65_HS1-834228961_62-HQ-83894_Section_10
Agency: FBI
Page 169
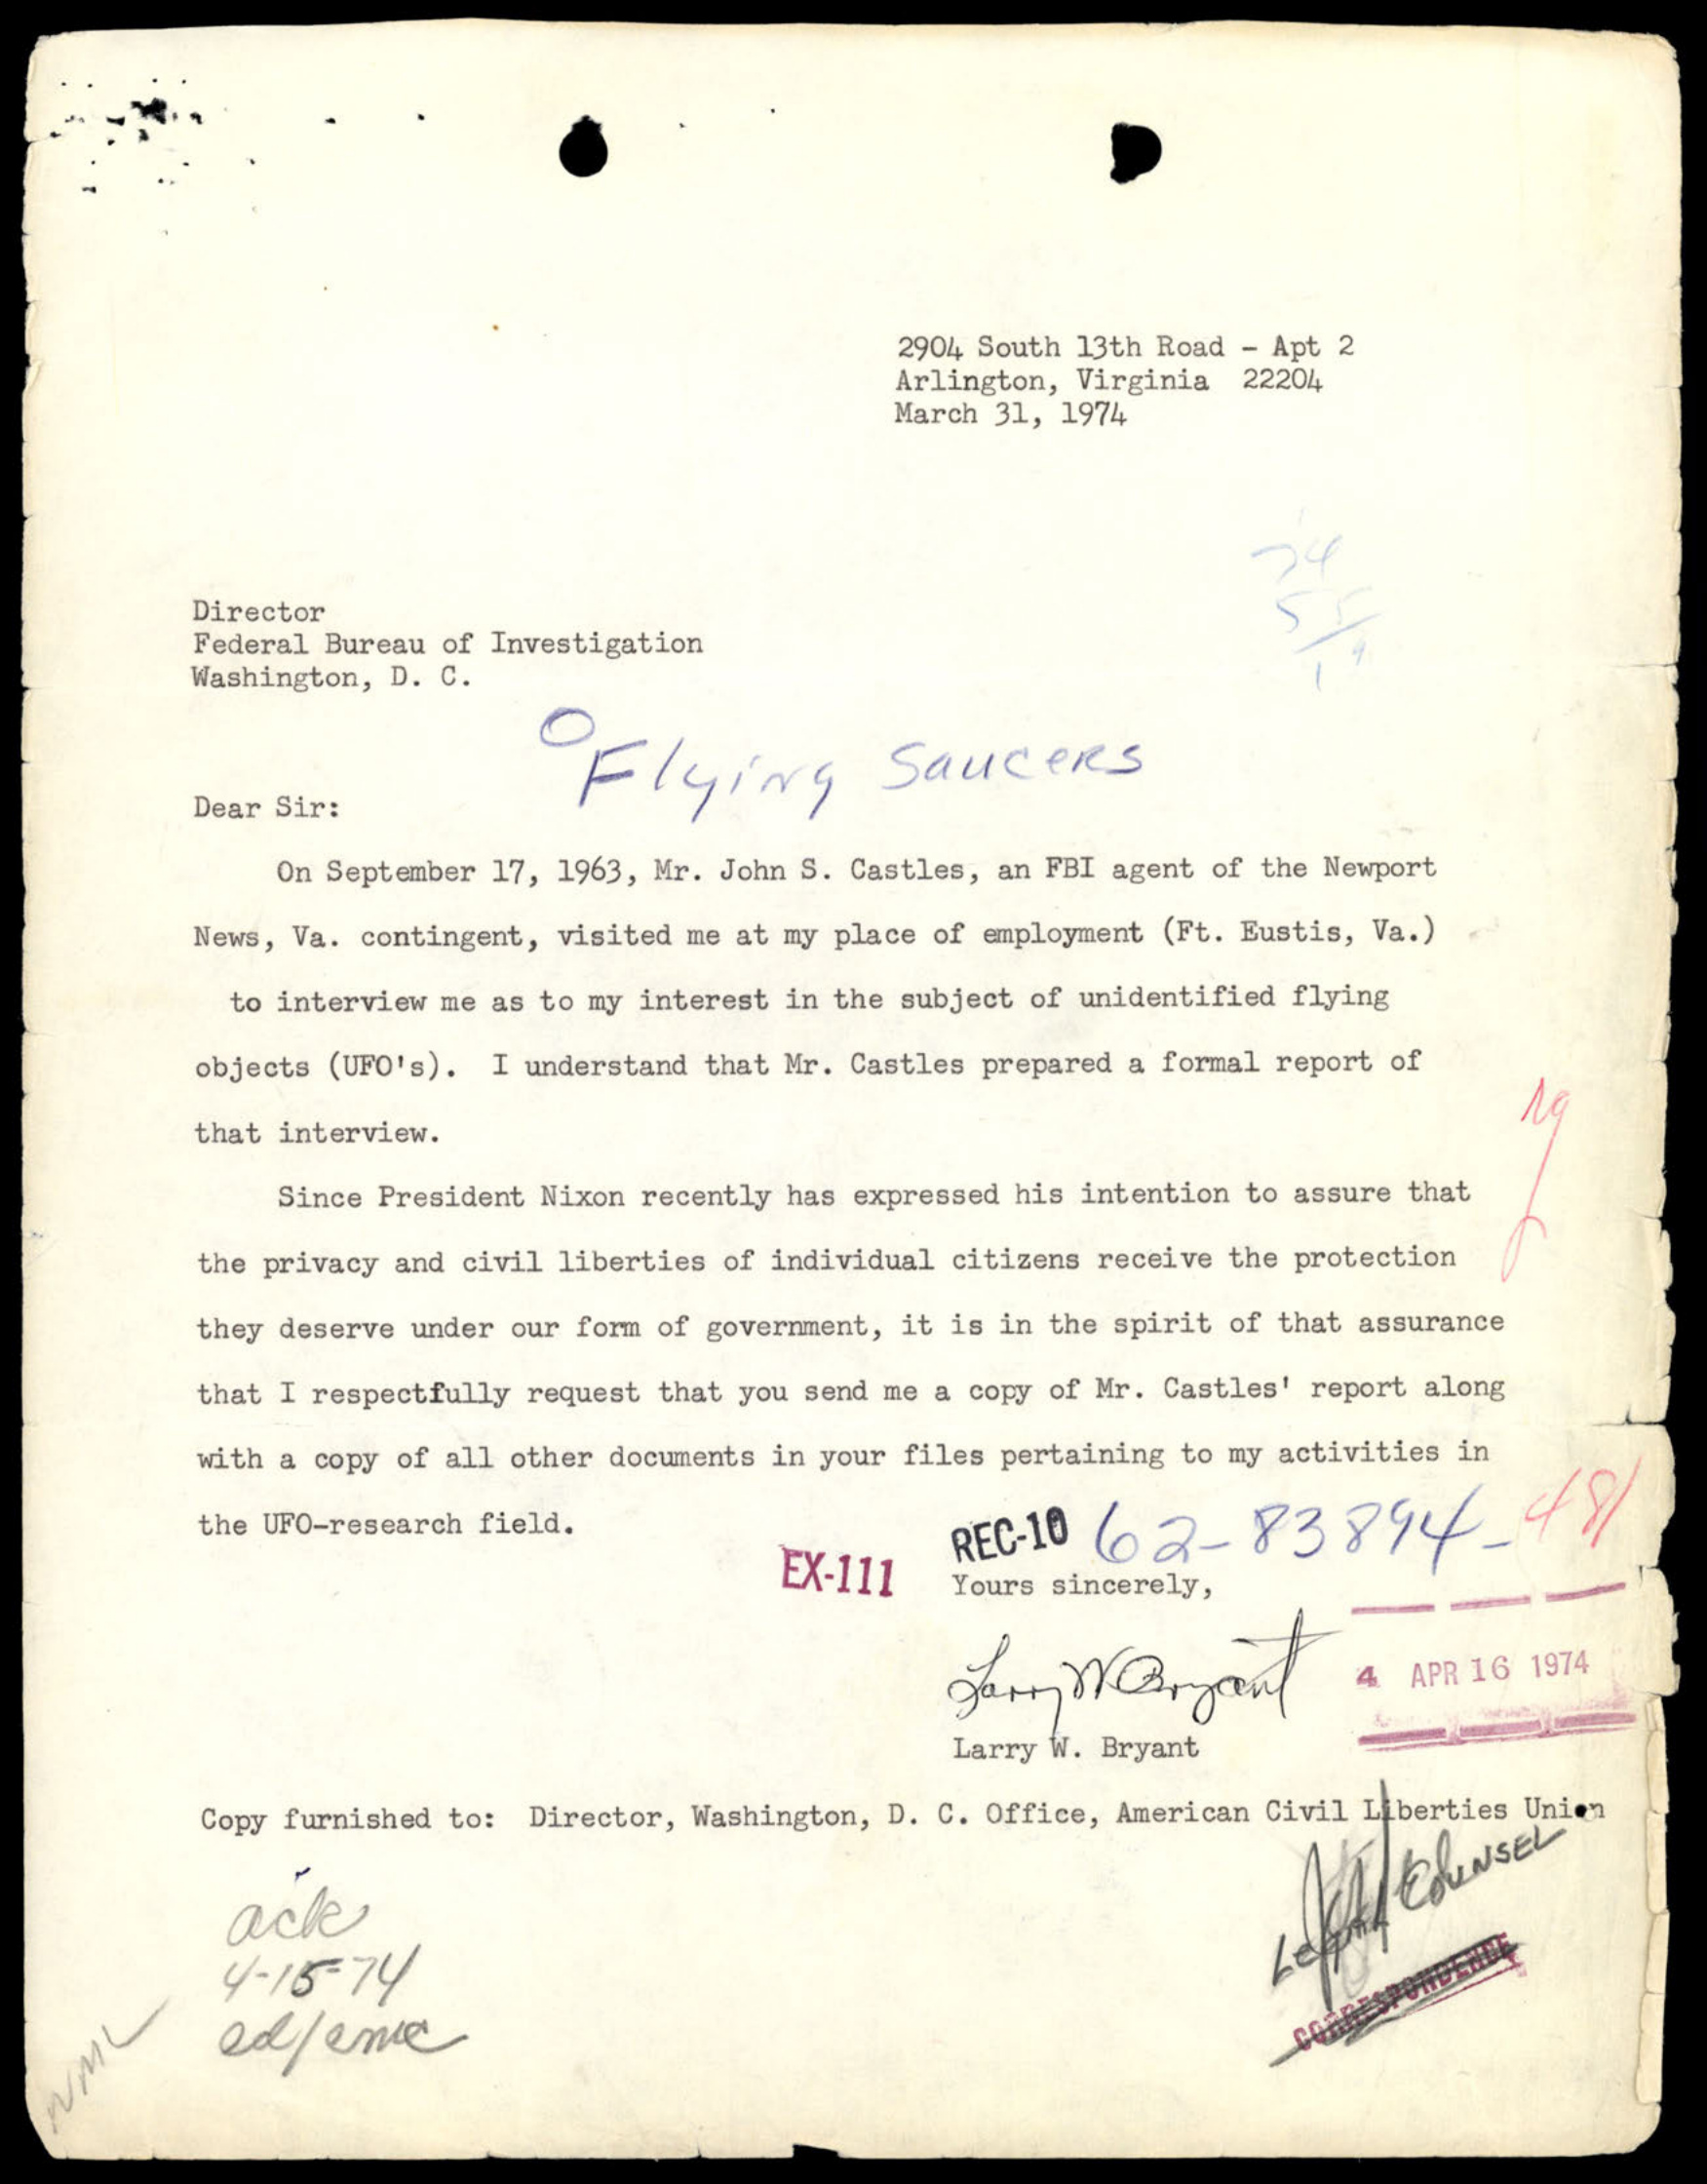